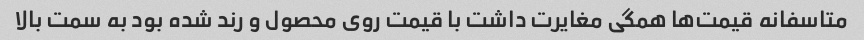
متاسفانه قیمت‌ها همگی مغایرت داشت با قیمت روی محصول و رند شده بود به سمت بالا